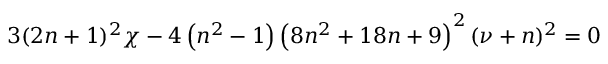
3 ( 2 n + 1 ) ^ { 2 } \chi - 4 \left( n ^ { 2 } - 1 \right) \left( 8 n ^ { 2 } + 1 8 n + 9 \right) ^ { 2 } ( \nu + n ) ^ { 2 } = 0